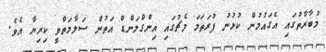
މުބާރާތުގައި އެގައުމުން ކުޅުނު ފުރަތަމަ މެޗުގައި އިންގްލަންޑް އަތުން ސަލާމަތްވީ ކިރިޔާ އެވެ.